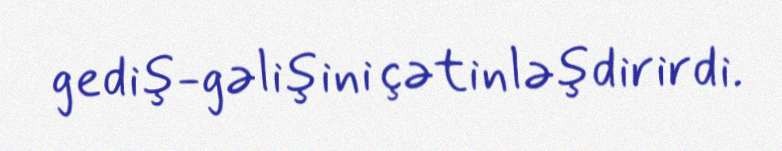
gediş-gəlişini çətinləşdirirdi.